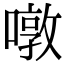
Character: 噋